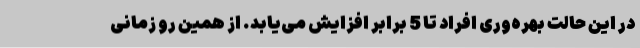
در این حالت بهره‌وری افراد تا 5 برابر افزایش می‌یابد. از همین رو زمانی